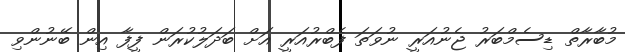
މުބާރާތް ޑިސެމްބަރު ޖެނުއަރީ ނުވަތަ ފެބްރުއަރީ އަށް ބަދަލުކުރަން ފީފާ އިން ބޭނުންވި